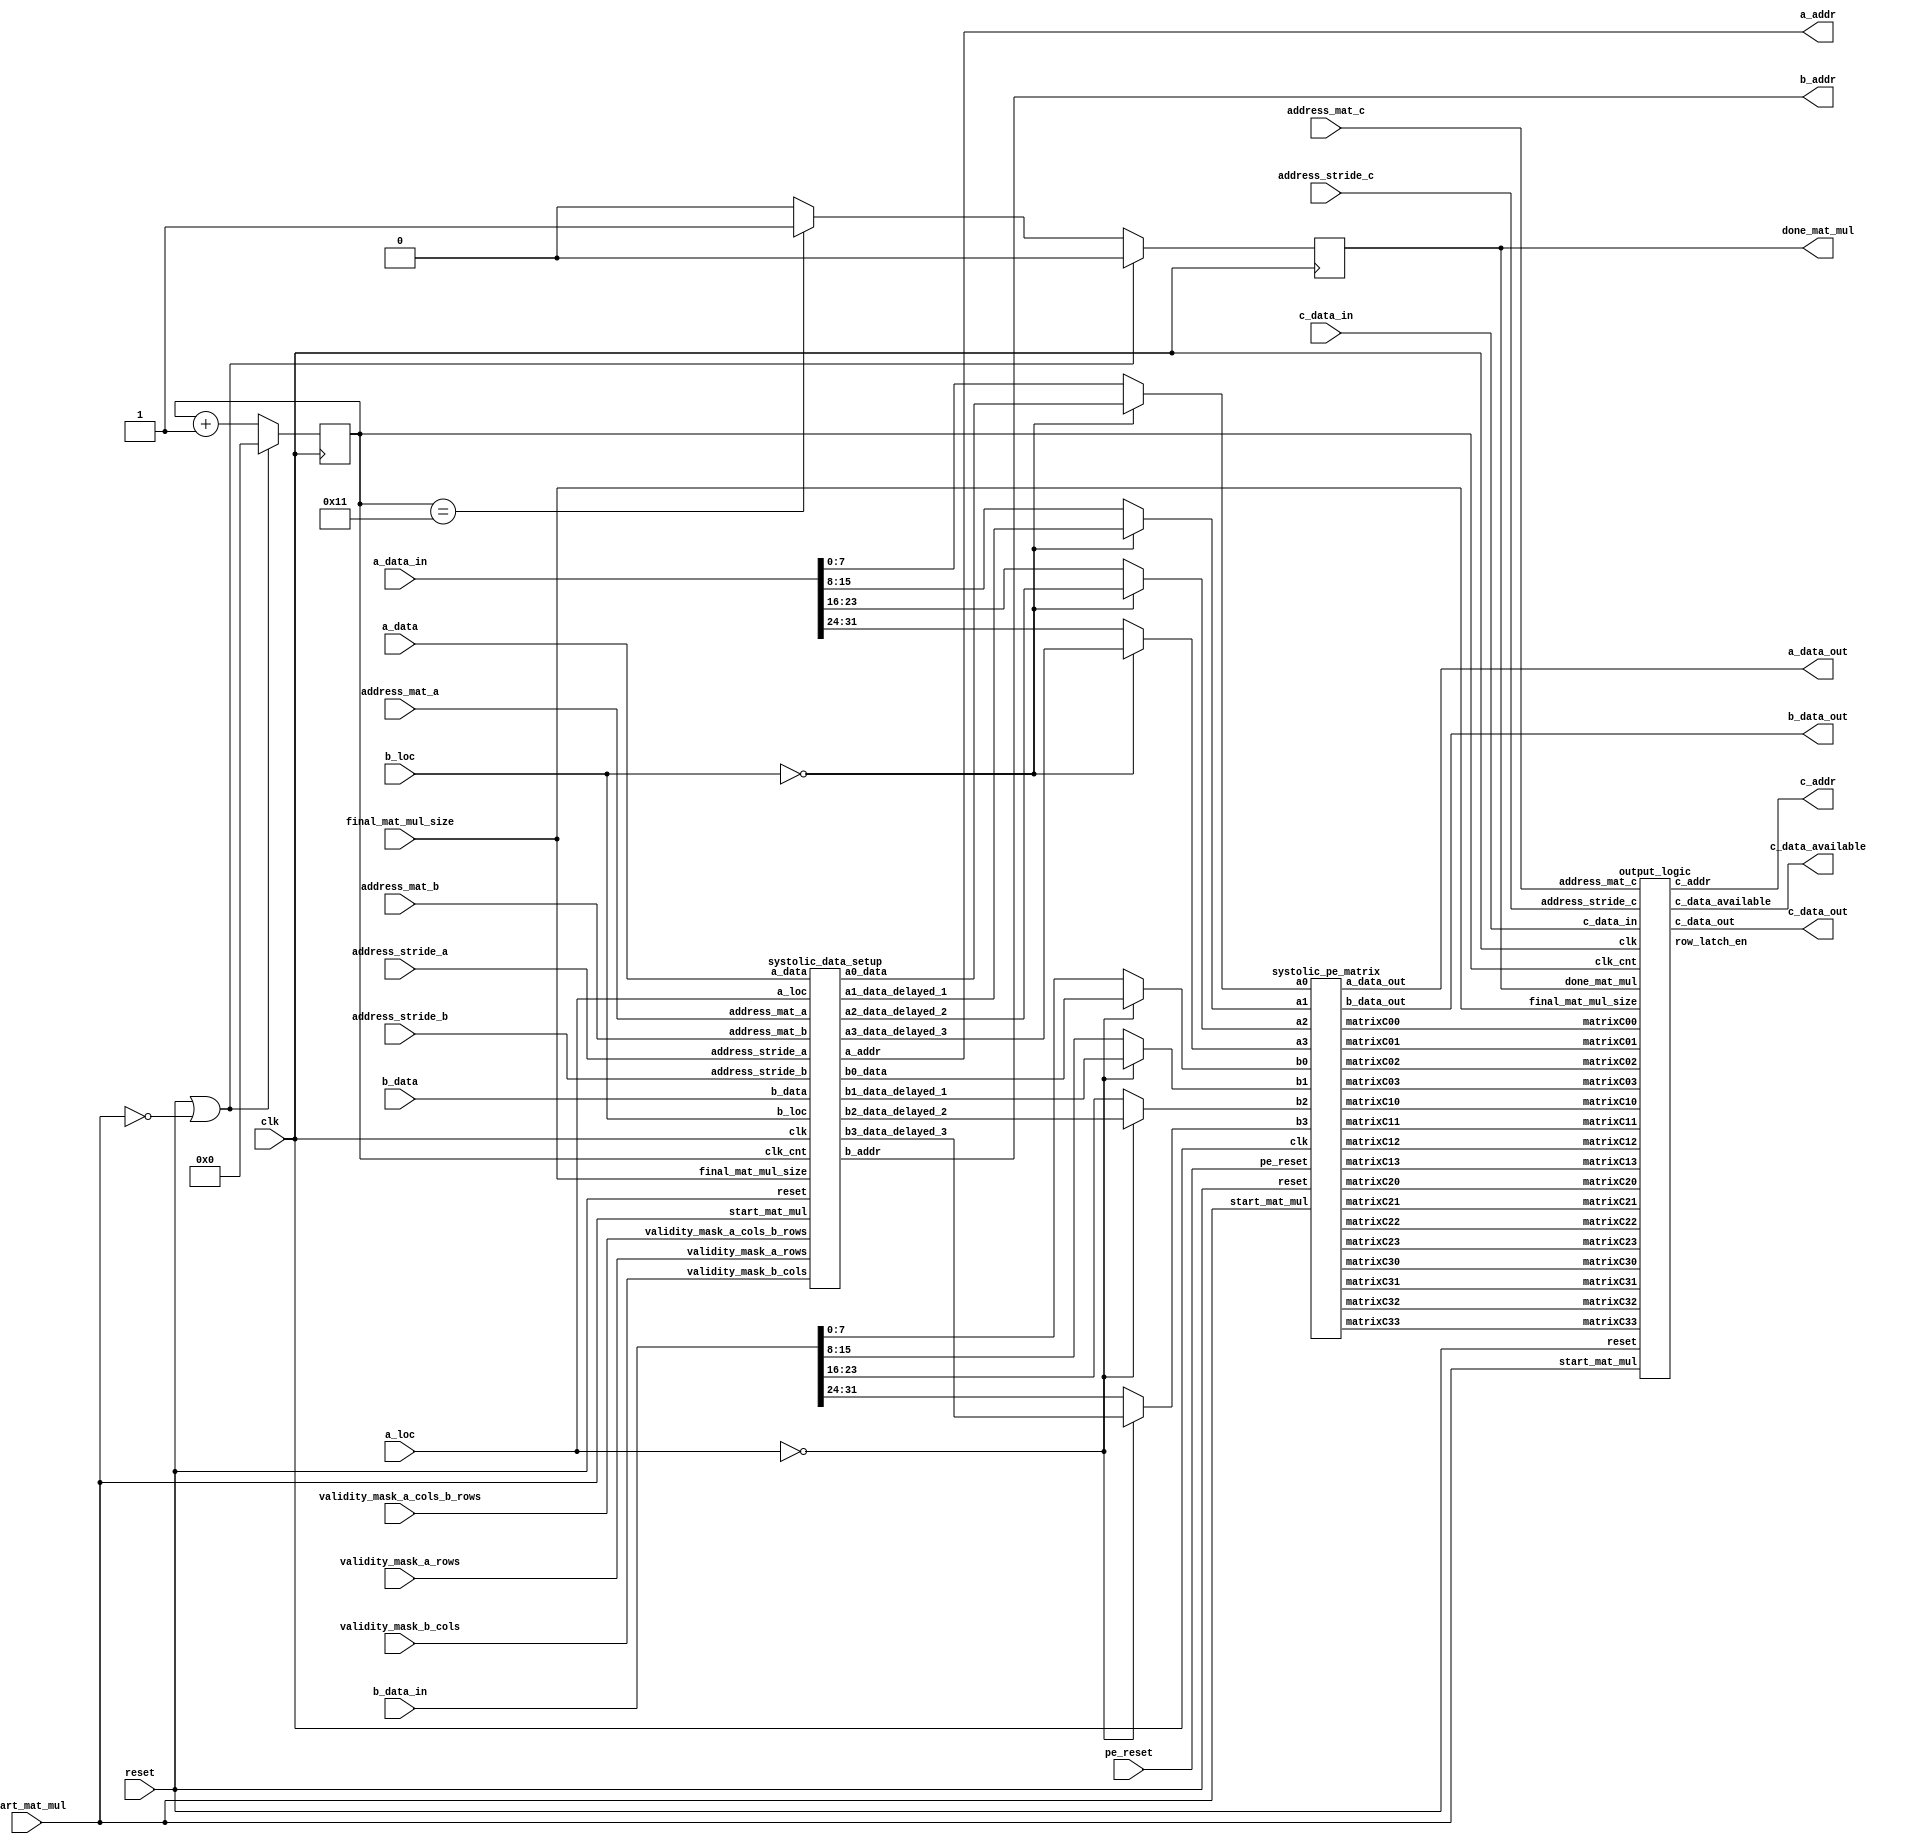
`timescale 1ns / 1ps
//////////////////////////////////////////////////////////////////////////////////
// Company: 
// Engineer: 
// 
// Design Name: 
// Module Name: matmul
// Project Name: 
// Target Devices: 
// Tool Versions: 
// Description: 
// 
// Dependencies: 
// 
// Revision:
// Revision 0.01 - File Created
// Additional Comments:
// 
//////////////////////////////////////////////////////////////////////////////////

//If you have trouble finding where to complete the code
//Do Ctrl+F "FILL IN"
`timescale 1ns / 1ps
`define DWIDTH 8
`define AWIDTH 10
`define MEM_SIZE 1024

`define MAT_MUL_SIZE 4
`define MASK_WIDTH 4
`define LOG2_MAT_MUL_SIZE 2

`define BB_MAT_MUL_SIZE `MAT_MUL_SIZE
`define NUM_CYCLES_IN_MAC 3
`define MEM_ACCESS_LATENCY 1
`define REG_DATAWIDTH 32
`define REG_ADDRWIDTH 8
`define ADDR_STRIDE_WIDTH 8
`define MAX_BITS_POOL 3

module matmul_4x4_systolic(
    clk,
    reset,
    pe_reset,
    start_mat_mul,
    done_mat_mul,
    address_mat_a,
    address_mat_b,
    address_mat_c,
    address_stride_a,
    address_stride_b,
    address_stride_c,
    a_data,
    b_data,
    a_data_in, //Data values coming in from previous matmul - systolic connections
    b_data_in,
    c_data_in, //Data values coming in from previous matmul - systolic shifting
    c_data_out, //Data values going out to next matmul - systolic shifting
    a_data_out,
    b_data_out,
    a_addr,
    b_addr,
    c_addr,
    c_data_available,
    validity_mask_a_rows,
    validity_mask_a_cols_b_rows,
    validity_mask_b_cols,
    final_mat_mul_size,
    a_loc,
    b_loc
    );

    input clk;
    input reset;
    input pe_reset;
    input start_mat_mul;
    output done_mat_mul;
    input [`AWIDTH-1:0] address_mat_a;
    input [`AWIDTH-1:0] address_mat_b;
    input [`AWIDTH-1:0] address_mat_c;
    input [`ADDR_STRIDE_WIDTH-1:0] address_stride_a;
    input [`ADDR_STRIDE_WIDTH-1:0] address_stride_b;
    input [`ADDR_STRIDE_WIDTH-1:0] address_stride_c;
    input [`MAT_MUL_SIZE*`DWIDTH-1:0] a_data;
    input [`MAT_MUL_SIZE*`DWIDTH-1:0] b_data;
    input [`MAT_MUL_SIZE*`DWIDTH-1:0] a_data_in;
    input [`MAT_MUL_SIZE*`DWIDTH-1:0] b_data_in;
    input [`MAT_MUL_SIZE*`DWIDTH-1:0] c_data_in;
    output [`MAT_MUL_SIZE*`DWIDTH-1:0] c_data_out;
    output [`MAT_MUL_SIZE*`DWIDTH-1:0] a_data_out;
    output [`MAT_MUL_SIZE*`DWIDTH-1:0] b_data_out;
    output [`AWIDTH-1:0] a_addr;
    output [`AWIDTH-1:0] b_addr;
    output [`AWIDTH-1:0] c_addr;
    output c_data_available;
    input [`MASK_WIDTH-1:0] validity_mask_a_rows;
    input [`MASK_WIDTH-1:0] validity_mask_a_cols_b_rows;
    input [`MASK_WIDTH-1:0] validity_mask_b_cols;
    //7:0 is okay here. We aren't going to make a matmul larger than 128x128
    //In fact, these will get optimized out by the synthesis tool, because
    //we hardcode them at the instantiation level.
    input [7:0] final_mat_mul_size;
    input [7:0] a_loc;
    input [7:0] b_loc;

//////////////////////////////////////////////////////////////////////////
// Logic for clock counting and when to assert done
//////////////////////////////////////////////////////////////////////////

    reg done_mat_mul;
    //This is 7 bits because the expectation is that clock count will be pretty
    //small. For large matmuls, this will need to increased to have more bits.
    //In general, a systolic multiplier takes f(N)+P cycles, where N is the size 
    //of the matmul and P is the number of pipleine stages in the MAC block.
    //f(N) is a function describing the number of cycles taken to perform matmul
    //with a systolic array strcture.
    reg [7:0] clk_cnt;
    
    //Finding out number of cycles to assert matmul done.
    wire [7:0] clk_cnt_for_done;
    wire [7:0] cycles_for_matmul; 
    
    //FILL IN THE CODE (x)
    assign cycles_for_matmul = 8'd14;
    assign clk_cnt_for_done = (cycles_for_matmul + `NUM_CYCLES_IN_MAC) ;  


    always @(posedge clk) 
    begin
        if (reset || ~start_mat_mul) 
        begin
            clk_cnt <= 0;
            done_mat_mul <= 0;
        end
        else if (clk_cnt == clk_cnt_for_done) 
        begin
            done_mat_mul <= 1;
            clk_cnt <= clk_cnt + 1;
        end
        else if (done_mat_mul == 0) 
            clk_cnt <= clk_cnt + 1;   
        else 
        begin
            done_mat_mul <= 0;
            clk_cnt <= clk_cnt + 1;
        end
    end


    wire [`DWIDTH-1:0] a0_data;
    wire [`DWIDTH-1:0] a1_data;
    wire [`DWIDTH-1:0] a2_data;
    wire [`DWIDTH-1:0] a3_data;
    wire [`DWIDTH-1:0] b0_data;
    wire [`DWIDTH-1:0] b1_data;
    wire [`DWIDTH-1:0] b2_data;
    wire [`DWIDTH-1:0] b3_data;
    wire [`DWIDTH-1:0] a1_data_delayed_1;
    wire [`DWIDTH-1:0] a2_data_delayed_1;
    wire [`DWIDTH-1:0] a2_data_delayed_2;
    wire [`DWIDTH-1:0] a3_data_delayed_1;
    wire [`DWIDTH-1:0] a3_data_delayed_2;
    wire [`DWIDTH-1:0] a3_data_delayed_3;
    wire [`DWIDTH-1:0] b1_data_delayed_1;
    wire [`DWIDTH-1:0] b2_data_delayed_1;
    wire [`DWIDTH-1:0] b2_data_delayed_2;
    wire [`DWIDTH-1:0] b3_data_delayed_1;
    wire [`DWIDTH-1:0] b3_data_delayed_2;
    wire [`DWIDTH-1:0] b3_data_delayed_3;
    
//////////////////////////////////////////////////////////////////////////
// Instantiation of systolic data setup
//////////////////////////////////////////////////////////////////////////
    systolic_data_setup u_systolic_data_setup(
        .clk(clk),
        .reset(reset),
        .start_mat_mul(start_mat_mul),
        .a_addr(a_addr),
        .b_addr(b_addr),
        .address_mat_a(address_mat_a),
        .address_mat_b(address_mat_b),
        .address_stride_a(address_stride_a),
        .address_stride_b(address_stride_b),
        .a_data(a_data),
        .b_data(b_data),
        .clk_cnt(clk_cnt),
        .a0_data(a0_data),
        .a1_data_delayed_1(a1_data_delayed_1),
        .a2_data_delayed_2(a2_data_delayed_2),
        .a3_data_delayed_3(a3_data_delayed_3),
        .b0_data(b0_data),
        .b1_data_delayed_1(b1_data_delayed_1),
        .b2_data_delayed_2(b2_data_delayed_2),
        .b3_data_delayed_3(b3_data_delayed_3),
        .validity_mask_a_rows(validity_mask_a_rows),
        .validity_mask_a_cols_b_rows(validity_mask_a_cols_b_rows),
        .validity_mask_b_cols(validity_mask_b_cols),
        .final_mat_mul_size(final_mat_mul_size),
        .a_loc(a_loc),
        .b_loc(b_loc)
        );


//////////////////////////////////////////////////////////////////////////
// Logic to mux data_in coming from neighboring matmuls
//////////////////////////////////////////////////////////////////////////
    wire [`DWIDTH-1:0] a0;
    wire [`DWIDTH-1:0] a1;
    wire [`DWIDTH-1:0] a2;
    wire [`DWIDTH-1:0] a3;
    wire [`DWIDTH-1:0] b0;
    wire [`DWIDTH-1:0] b1;
    wire [`DWIDTH-1:0] b2;
    wire [`DWIDTH-1:0] b3;
    
    wire [`DWIDTH-1:0] a0_data_in;
    wire [`DWIDTH-1:0] a1_data_in;
    wire [`DWIDTH-1:0] a2_data_in;
    wire [`DWIDTH-1:0] a3_data_in;
    assign a0_data_in = a_data_in[`DWIDTH-1:0];
    assign a1_data_in = a_data_in[2*`DWIDTH-1:`DWIDTH];
    assign a2_data_in = a_data_in[3*`DWIDTH-1:2*`DWIDTH];
    assign a3_data_in = a_data_in[4*`DWIDTH-1:3*`DWIDTH];
    
    wire [`DWIDTH-1:0] b0_data_in;
    wire [`DWIDTH-1:0] b1_data_in;
    wire [`DWIDTH-1:0] b2_data_in;
    wire [`DWIDTH-1:0] b3_data_in;
    assign b0_data_in = b_data_in[`DWIDTH-1:0];
    assign b1_data_in = b_data_in[2*`DWIDTH-1:`DWIDTH];
    assign b2_data_in = b_data_in[3*`DWIDTH-1:2*`DWIDTH];
    assign b3_data_in = b_data_in[4*`DWIDTH-1:3*`DWIDTH];
    
    //If b_loc is 0, that means this matmul block is on the top-row of the
    //final large matmul. In that case, b will take inputs from mem.
    //If b_loc != 0, that means this matmul block is not on the top-row of the
    //final large matmul. In that case, b will take inputs from the matmul on top
    //of this one.
    assign a0 = (b_loc==0) ? a0_data           : a0_data_in;
    assign a1 = (b_loc==0) ? a1_data_delayed_1 : a1_data_in;
    assign a2 = (b_loc==0) ? a2_data_delayed_2 : a2_data_in;
    assign a3 = (b_loc==0) ? a3_data_delayed_3 : a3_data_in;

    //If a_loc is 0, that means this matmul block is on the left-col of the
    //final large matmul. In that case, a will take inputs from mem.
    //If a_loc != 0, that means this matmul block is not on the left-col of the
    //final large matmul. In that case, a will take inputs from the matmul on left
    //of this one.
    assign b0 = (a_loc==0) ? b0_data           : b0_data_in;
    assign b1 = (a_loc==0) ? b1_data_delayed_1 : b1_data_in;
    assign b2 = (a_loc==0) ? b2_data_delayed_2 : b2_data_in;
    assign b3 = (a_loc==0) ? b3_data_delayed_3 : b3_data_in;
    

    wire [`DWIDTH-1:0] matrixC00;
    wire [`DWIDTH-1:0] matrixC01;
    wire [`DWIDTH-1:0] matrixC02;
    wire [`DWIDTH-1:0] matrixC03;
    wire [`DWIDTH-1:0] matrixC10;
    wire [`DWIDTH-1:0] matrixC11;
    wire [`DWIDTH-1:0] matrixC12;
    wire [`DWIDTH-1:0] matrixC13;
    wire [`DWIDTH-1:0] matrixC20;
    wire [`DWIDTH-1:0] matrixC21;
    wire [`DWIDTH-1:0] matrixC22;
    wire [`DWIDTH-1:0] matrixC23;
    wire [`DWIDTH-1:0] matrixC30;
    wire [`DWIDTH-1:0] matrixC31;
    wire [`DWIDTH-1:0] matrixC32;
    wire [`DWIDTH-1:0] matrixC33;
    

//////////////////////////////////////////////////////////////////////////
// Instantiation of the output logic
//////////////////////////////////////////////////////////////////////////
    output_logic u_output_logic(
        .clk(clk),
        .reset(reset),
        .start_mat_mul(start_mat_mul),
        .done_mat_mul(done_mat_mul),
        .address_mat_c(address_mat_c),
        .address_stride_c(address_stride_c),
        .c_data_out(c_data_out),
        .c_data_in(c_data_in),
        .c_addr(c_addr),
        .c_data_available(c_data_available),
        .clk_cnt(clk_cnt),
        .row_latch_en(row_latch_en),
        .final_mat_mul_size(final_mat_mul_size),
        .matrixC00(matrixC00),
        .matrixC01(matrixC01),
        .matrixC02(matrixC02),
        .matrixC03(matrixC03),
        .matrixC10(matrixC10),
        .matrixC11(matrixC11),
        .matrixC12(matrixC12),
        .matrixC13(matrixC13),
        .matrixC20(matrixC20),
        .matrixC21(matrixC21),
        .matrixC22(matrixC22),
        .matrixC23(matrixC23),
        .matrixC30(matrixC30),
        .matrixC31(matrixC31),
        .matrixC32(matrixC32),
        .matrixC33(matrixC33)
        );

//////////////////////////////////////////////////////////////////////////
// Instantiations of the actual PEs
//////////////////////////////////////////////////////////////////////////
    systolic_pe_matrix u_systolic_pe_matrix(
        .reset(reset),
        .clk(clk),
        .pe_reset(pe_reset),
        .start_mat_mul(start_mat_mul),
        .a0(a0), 
        .a1(a1), 
        .a2(a2), 
        .a3(a3),
        .b0(b0), 
        .b1(b1), 
        .b2(b2), 
        .b3(b3),
        .matrixC00(matrixC00),
        .matrixC01(matrixC01),
        .matrixC02(matrixC02),
        .matrixC03(matrixC03),
        .matrixC10(matrixC10),
        .matrixC11(matrixC11),
        .matrixC12(matrixC12),
        .matrixC13(matrixC13),
        .matrixC20(matrixC20),
        .matrixC21(matrixC21),
        .matrixC22(matrixC22),
        .matrixC23(matrixC23),
        .matrixC30(matrixC30),
        .matrixC31(matrixC31),
        .matrixC32(matrixC32),
        .matrixC33(matrixC33),
        .a_data_out(a_data_out),
        .b_data_out(b_data_out)
        );

endmodule

//////////////////////////////////////////////////////////////////////////
// Output logic
//////////////////////////////////////////////////////////////////////////
module output_logic(
    clk,
    reset,
    start_mat_mul,
    done_mat_mul,
    address_mat_c,
    address_stride_c,
    c_data_in,
    c_data_out, //Data values going out to next matmul - systolic shifting
    c_addr,
    c_data_available,
    clk_cnt,
    row_latch_en,
    final_mat_mul_size,
    matrixC00,
    matrixC01,
    matrixC02,
    matrixC03,
    matrixC10,
    matrixC11,
    matrixC12,
    matrixC13,
    matrixC20,
    matrixC21,
    matrixC22,
    matrixC23,
    matrixC30,
    matrixC31,
    matrixC32,
    matrixC33
    );

    input clk;
    input reset;
    input start_mat_mul;
    input done_mat_mul;
    input [`AWIDTH-1:0] address_mat_c;
    input [`ADDR_STRIDE_WIDTH-1:0] address_stride_c;
    input [`MAT_MUL_SIZE*`DWIDTH-1:0] c_data_in;
    output [`MAT_MUL_SIZE*`DWIDTH-1:0] c_data_out;
    output [`AWIDTH-1:0] c_addr;
    output c_data_available;
    input [7:0] clk_cnt;
    output row_latch_en;
    input [7:0] final_mat_mul_size;
    input [`DWIDTH-1:0] matrixC00;
    input [`DWIDTH-1:0] matrixC01;
    input [`DWIDTH-1:0] matrixC02;
    input [`DWIDTH-1:0] matrixC03;
    input [`DWIDTH-1:0] matrixC10;
    input [`DWIDTH-1:0] matrixC11;
    input [`DWIDTH-1:0] matrixC12;
    input [`DWIDTH-1:0] matrixC13;
    input [`DWIDTH-1:0] matrixC20;
    input [`DWIDTH-1:0] matrixC21;
    input [`DWIDTH-1:0] matrixC22;
    input [`DWIDTH-1:0] matrixC23;
    input [`DWIDTH-1:0] matrixC30;
    input [`DWIDTH-1:0] matrixC31;
    input [`DWIDTH-1:0] matrixC32;
    input [`DWIDTH-1:0] matrixC33;
    
    wire row_latch_en;

//////////////////////////////////////////////////////////////////////////
// Logic to capture matrix C data from the PEs and shift it out
//////////////////////////////////////////////////////////////////////////
    assign row_latch_en = ((clk_cnt == ((final_mat_mul_size<<2) - final_mat_mul_size -1 +`NUM_CYCLES_IN_MAC)));
    
    reg c_data_available;
    reg [`AWIDTH-1:0] c_addr;
    reg start_capturing_c_data;
    integer counter;
    reg [`MAT_MUL_SIZE*`DWIDTH-1:0] c_data_out;
    reg [`MAT_MUL_SIZE*`DWIDTH-1:0] c_data_out_1;
    reg [`MAT_MUL_SIZE*`DWIDTH-1:0] c_data_out_2;
    reg [`MAT_MUL_SIZE*`DWIDTH-1:0] c_data_out_3;
    
    wire [`MAT_MUL_SIZE*`DWIDTH-1:0] col0;
    wire [`MAT_MUL_SIZE*`DWIDTH-1:0] col1;
    wire [`MAT_MUL_SIZE*`DWIDTH-1:0] col2;
    wire [`MAT_MUL_SIZE*`DWIDTH-1:0] col3;
    assign col0 = {matrixC30, matrixC20, matrixC10, matrixC00};
    assign col1 = {matrixC31, matrixC21, matrixC11, matrixC01};
    assign col2 = {matrixC32, matrixC22, matrixC12, matrixC02};
    assign col3 = {matrixC33, matrixC23, matrixC13, matrixC03};

//If save_output_to_accum is asserted, that means we are not intending to shift
//out the outputs, because the outputs are still partial sums. 
    wire condition_to_start_shifting_output;
    assign condition_to_start_shifting_output = row_latch_en ;  

//For larger matmuls, this logic will have more entries in the case statement
    always @(posedge clk) 
    begin
        if (reset | ~start_mat_mul) 
        begin
            start_capturing_c_data <= 1'b0;
            c_data_available <= 1'b0;
            c_addr <= address_mat_c - address_stride_c;
            c_data_out <= 0;
            counter <= 0;
            c_data_out_1 <= 0; 
            c_data_out_2 <= 0; 
            c_data_out_3 <= 0; 
        end
        else if (condition_to_start_shifting_output) 
        begin
            start_capturing_c_data <= 1'b1;
            c_data_available <= 1'b1;
            c_addr <= c_addr + address_stride_c;
            c_data_out <= col0; 
            c_data_out_1 <= col1; 
            c_data_out_2 <= col2; 
            c_data_out_3 <= col3; 
            counter <= counter + 1;
        end 
        else if (done_mat_mul) 
        begin
            start_capturing_c_data <= 1'b0;
            c_data_available <= 1'b0;
            c_addr <= address_mat_c+address_stride_c;
            c_data_out <= 0;
            c_data_out_1 <= 0;
            c_data_out_2 <= 0;
            c_data_out_3 <= 0;
        end 
        else if (counter >= `MAT_MUL_SIZE) 
        begin
            c_addr <= c_addr + address_stride_c;
            c_data_out <= c_data_out_1;
            c_data_out_1 <= c_data_out_2;
            c_data_out_2 <= c_data_out_3;
            c_data_out_3 <= c_data_in;
        end
        else if (start_capturing_c_data) 
        begin
            c_data_available <= 1'b1;
            c_addr <= c_addr + address_stride_c;
            counter <= counter + 1;
            c_data_out <= c_data_out_1;
            c_data_out_1 <= c_data_out_2;
            c_data_out_2 <= c_data_out_3;
            c_data_out_3 <= c_data_in;
        end
    end

endmodule

//////////////////////////////////////////////////////////////////////////
// Systolic data setup
//////////////////////////////////////////////////////////////////////////
module systolic_data_setup(
    clk,
    reset,
    start_mat_mul,
    a_addr,
    b_addr,
    address_mat_a,
    address_mat_b,
    address_stride_a,
    address_stride_b,
    a_data,
    b_data,
    clk_cnt,
    a0_data,
    a1_data_delayed_1,
    a2_data_delayed_2,
    a3_data_delayed_3,
    b0_data,
    b1_data_delayed_1,
    b2_data_delayed_2,
    b3_data_delayed_3,
    validity_mask_a_rows,
    validity_mask_a_cols_b_rows,
    validity_mask_b_cols,
    final_mat_mul_size,
    a_loc,
    b_loc
    );

    input clk;
    input reset;
    input start_mat_mul;
    output [`AWIDTH-1:0] a_addr;
    output [`AWIDTH-1:0] b_addr;
    input [`AWIDTH-1:0] address_mat_a;
    input [`AWIDTH-1:0] address_mat_b;
    input [`ADDR_STRIDE_WIDTH-1:0] address_stride_a;
    input [`ADDR_STRIDE_WIDTH-1:0] address_stride_b;
    input [`MAT_MUL_SIZE*`DWIDTH-1:0] a_data;
    input [`MAT_MUL_SIZE*`DWIDTH-1:0] b_data;
    input [7:0] clk_cnt;
    output [`DWIDTH-1:0] a0_data;
    output [`DWIDTH-1:0] a1_data_delayed_1;
    output [`DWIDTH-1:0] a2_data_delayed_2;
    output [`DWIDTH-1:0] a3_data_delayed_3;
    output [`DWIDTH-1:0] b0_data;
    output [`DWIDTH-1:0] b1_data_delayed_1;
    output [`DWIDTH-1:0] b2_data_delayed_2;
    output [`DWIDTH-1:0] b3_data_delayed_3;
    input [`MASK_WIDTH-1:0] validity_mask_a_rows;
    input [`MASK_WIDTH-1:0] validity_mask_a_cols_b_rows;
    input [`MASK_WIDTH-1:0] validity_mask_b_cols;
    input [7:0] final_mat_mul_size;
    input [7:0] a_loc;
    input [7:0] b_loc;
    
    wire [`DWIDTH-1:0] a0_data;
    wire [`DWIDTH-1:0] a1_data;
    wire [`DWIDTH-1:0] a2_data;
    wire [`DWIDTH-1:0] a3_data;
    wire [`DWIDTH-1:0] b0_data;
    wire [`DWIDTH-1:0] b1_data;
    wire [`DWIDTH-1:0] b2_data;
    wire [`DWIDTH-1:0] b3_data;

//////////////////////////////////////////////////////////////////////////
// Logic to generate addresses to BRAM A
//////////////////////////////////////////////////////////////////////////
    reg [`AWIDTH-1:0] a_addr;
    reg a_mem_access; //flag that tells whether the matmul is trying to access memory or not
    
    always @(posedge clk) 
    begin
        if ((reset || ~start_mat_mul) || (clk_cnt >= (a_loc<<`LOG2_MAT_MUL_SIZE)+final_mat_mul_size)) begin
            a_addr <= address_mat_a-address_stride_a;
            a_mem_access <= 0;
        end
        else if ((clk_cnt >= (a_loc<<`LOG2_MAT_MUL_SIZE)) && (clk_cnt < (a_loc<<`LOG2_MAT_MUL_SIZE)+final_mat_mul_size)) 
        begin
            a_addr <= a_addr + address_stride_a;
            a_mem_access <= 1;
        end
    end  

//////////////////////////////////////////////////////////////////////////
// Logic to generate valid signals for data coming from BRAM A
//////////////////////////////////////////////////////////////////////////
    reg [7:0] a_mem_access_counter;
    always @(posedge clk) 
    begin
        if (reset || ~start_mat_mul) 
            a_mem_access_counter <= 0;
        else if (a_mem_access == 1) 
            a_mem_access_counter <= a_mem_access_counter + 1;  
        else 
            a_mem_access_counter <= 0;
    end

    wire a_data_valid; //flag that tells whether the data from memory is valid
    assign a_data_valid = 
        ((validity_mask_a_cols_b_rows[0]==1'b0 && a_mem_access_counter==1) ||
        (validity_mask_a_cols_b_rows[1]==1'b0 && a_mem_access_counter==2) ||
        (validity_mask_a_cols_b_rows[2]==1'b0 && a_mem_access_counter==3) ||
        (validity_mask_a_cols_b_rows[3]==1'b0 && a_mem_access_counter==4)) ?
        1'b0 : (a_mem_access_counter >= `MEM_ACCESS_LATENCY);
    
//////////////////////////////////////////////////////////////////////////
// Logic to delay certain parts of the data received from BRAM A (systolic data setup)
//////////////////////////////////////////////////////////////////////////
//Slice data into chunks and qualify it with whether it is valid or not
    assign a0_data = a_data[`DWIDTH-1:0] & {`DWIDTH{a_data_valid}} & {`DWIDTH{validity_mask_a_rows[0]}};
    assign a1_data = a_data[2*`DWIDTH-1:`DWIDTH] & {`DWIDTH{a_data_valid}} & {`DWIDTH{validity_mask_a_rows[1]}};
    assign a2_data = a_data[3*`DWIDTH-1:2*`DWIDTH] & {`DWIDTH{a_data_valid}} & {`DWIDTH{validity_mask_a_rows[2]}};
    assign a3_data = a_data[4*`DWIDTH-1:3*`DWIDTH] & {`DWIDTH{a_data_valid}} & {`DWIDTH{validity_mask_a_rows[3]}};

//For larger matmuls, more such delaying flops will be needed
    reg [`DWIDTH-1:0] a1_data_delayed_1;
    reg [`DWIDTH-1:0] a2_data_delayed_1;
    reg [`DWIDTH-1:0] a2_data_delayed_2;
    reg [`DWIDTH-1:0] a3_data_delayed_1;
    reg [`DWIDTH-1:0] a3_data_delayed_2;
    reg [`DWIDTH-1:0] a3_data_delayed_3;
    
    always @(posedge clk) 
    begin
        if (reset || ~start_mat_mul || clk_cnt==0) 
        begin
            a1_data_delayed_1 <= 0;
            a2_data_delayed_1 <= 0;
            a2_data_delayed_2 <= 0;
            a3_data_delayed_1 <= 0;
            a3_data_delayed_2 <= 0;
            a3_data_delayed_3 <= 0;
        end
        else 
        begin
            a1_data_delayed_1 <= a1_data;
            a2_data_delayed_1 <= a2_data;
            a2_data_delayed_2 <= a2_data_delayed_1;
            a3_data_delayed_1 <= a3_data;
            a3_data_delayed_2 <= a3_data_delayed_1;
            a3_data_delayed_3 <= a3_data_delayed_2;
        end
    end

//////////////////////////////////////////////////////////////////////////
// Logic to generate addresses to BRAM B
//////////////////////////////////////////////////////////////////////////
    reg [`AWIDTH-1:0] b_addr;
    reg b_mem_access; //flag that tells whether the matmul is trying to access memory or not

    always @(posedge clk) 
    begin
        if ((reset || ~start_mat_mul) || (clk_cnt >= (b_loc<<`LOG2_MAT_MUL_SIZE)+final_mat_mul_size)) 
        begin
            b_addr <= address_mat_b - address_stride_b;
            b_mem_access <= 0;
        end
        else if ((clk_cnt >= (b_loc<<`LOG2_MAT_MUL_SIZE)) && (clk_cnt < (b_loc<<`LOG2_MAT_MUL_SIZE)+final_mat_mul_size)) 
        begin
            b_addr <= b_addr + address_stride_b;
            b_mem_access <= 1;
        end
    end  

//////////////////////////////////////////////////////////////////////////
// Logic to generate valid signals for data coming from BRAM B
//////////////////////////////////////////////////////////////////////////
    reg [7:0] b_mem_access_counter;
    always @(posedge clk) 
    begin
        if (reset || ~start_mat_mul) 
            b_mem_access_counter <= 0;
        else if (b_mem_access == 1)
            b_mem_access_counter <= b_mem_access_counter + 1;  
        else
            b_mem_access_counter <= 0;
    end

    wire b_data_valid; //flag that tells whether the data from memory is valid
    assign b_data_valid = 
        ((validity_mask_a_cols_b_rows[0]==1'b0 && b_mem_access_counter==1) ||
        (validity_mask_a_cols_b_rows[1]==1'b0 && b_mem_access_counter==2) ||
        (validity_mask_a_cols_b_rows[2]==1'b0 && b_mem_access_counter==3) ||
        (validity_mask_a_cols_b_rows[3]==1'b0 && b_mem_access_counter==4)) ?
        1'b0 : (b_mem_access_counter >= `MEM_ACCESS_LATENCY);


//////////////////////////////////////////////////////////////////////////
// Logic to delay certain parts of the data received from BRAM B (systolic data setup)
//////////////////////////////////////////////////////////////////////////
//Slice data into chunks and qualify it with whether it is valid or not
    assign b0_data = b_data[`DWIDTH-1:0] & {`DWIDTH{b_data_valid}} & {`DWIDTH{validity_mask_b_cols[0]}};
    assign b1_data = b_data[2*`DWIDTH-1:`DWIDTH] & {`DWIDTH{b_data_valid}} & {`DWIDTH{validity_mask_b_cols[1]}};
    assign b2_data = b_data[3*`DWIDTH-1:2*`DWIDTH] & {`DWIDTH{b_data_valid}} & {`DWIDTH{validity_mask_b_cols[2]}};
    assign b3_data = b_data[4*`DWIDTH-1:3*`DWIDTH] & {`DWIDTH{b_data_valid}} & {`DWIDTH{validity_mask_b_cols[3]}};

//For larger matmuls, more such delaying flops will be needed
    reg [`DWIDTH-1:0] b1_data_delayed_1;
    reg [`DWIDTH-1:0] b2_data_delayed_1;
    reg [`DWIDTH-1:0] b2_data_delayed_2;
    reg [`DWIDTH-1:0] b3_data_delayed_1;
    reg [`DWIDTH-1:0] b3_data_delayed_2;
    reg [`DWIDTH-1:0] b3_data_delayed_3;
    
    always @(posedge clk) 
    begin
        if (reset || ~start_mat_mul || clk_cnt==0) 
        begin
            b1_data_delayed_1 <= 0;
            b2_data_delayed_1 <= 0;
            b2_data_delayed_2 <= 0;
            b3_data_delayed_1 <= 0;
            b3_data_delayed_2 <= 0;
            b3_data_delayed_3 <= 0;
        end
        else 
        begin
            b1_data_delayed_1 <= b1_data;
            b2_data_delayed_1 <= b2_data;
            b2_data_delayed_2 <= b2_data_delayed_1;
            b3_data_delayed_1 <= b3_data;
            b3_data_delayed_2 <= b3_data_delayed_1;
            b3_data_delayed_3 <= b3_data_delayed_2;
        end
    end

endmodule



//////////////////////////////////////////////////////////////////////////
// Systolically connected PEs
//////////////////////////////////////////////////////////////////////////
module systolic_pe_matrix(
    reset,
    clk,
    pe_reset,
    start_mat_mul,
    a0, a1, a2, a3,
    b0, b1, b2, b3,
    matrixC00,
    matrixC01,
    matrixC02,
    matrixC03,
    matrixC10,
    matrixC11,
    matrixC12,
    matrixC13,
    matrixC20,
    matrixC21,
    matrixC22,
    matrixC23,
    matrixC30,
    matrixC31,
    matrixC32,
    matrixC33,
    a_data_out,
    b_data_out
    );

    input clk;
    input reset;
    input pe_reset;
    input start_mat_mul;
    input [`DWIDTH-1:0] a0;
    input [`DWIDTH-1:0] a1;
    input [`DWIDTH-1:0] a2;
    input [`DWIDTH-1:0] a3;
    input [`DWIDTH-1:0] b0;
    input [`DWIDTH-1:0] b1;
    input [`DWIDTH-1:0] b2;
    input [`DWIDTH-1:0] b3;
    output [`DWIDTH-1:0] matrixC00;
    output [`DWIDTH-1:0] matrixC01;
    output [`DWIDTH-1:0] matrixC02;
    output [`DWIDTH-1:0] matrixC03;
    output [`DWIDTH-1:0] matrixC10;
    output [`DWIDTH-1:0] matrixC11;
    output [`DWIDTH-1:0] matrixC12;
    output [`DWIDTH-1:0] matrixC13;
    output [`DWIDTH-1:0] matrixC20;
    output [`DWIDTH-1:0] matrixC21;
    output [`DWIDTH-1:0] matrixC22;
    output [`DWIDTH-1:0] matrixC23;
    output [`DWIDTH-1:0] matrixC30;
    output [`DWIDTH-1:0] matrixC31;
    output [`DWIDTH-1:0] matrixC32;
    output [`DWIDTH-1:0] matrixC33;
    output [`MAT_MUL_SIZE*`DWIDTH-1:0] a_data_out;
    output [`MAT_MUL_SIZE*`DWIDTH-1:0] b_data_out;

    wire [`DWIDTH-1:0] a00to01, a01to02, a02to03, a03to04;
    wire [`DWIDTH-1:0] a10to11, a11to12, a12to13, a13to14;
    wire [`DWIDTH-1:0] a20to21, a21to22, a22to23, a23to24;
    wire [`DWIDTH-1:0] a30to31, a31to32, a32to33, a33to34;
    
    wire [`DWIDTH-1:0] b00to10, b10to20, b20to30, b30to40; 
    wire [`DWIDTH-1:0] b01to11, b11to21, b21to31, b31to41;
    wire [`DWIDTH-1:0] b02to12, b12to22, b22to32, b32to42;
    wire [`DWIDTH-1:0] b03to13, b13to23, b23to33, b33to43;
    
    wire effective_rst;
    assign effective_rst = reset | pe_reset;
    
    //FILL IN REST OF THE CODE (x)
    //There are a total of 16 PEs arranged in a mesh structure like in the lecture slides. 	
	//Each PE has a number. PE00 is the top-left PE. PE01 is the second PE on the first row. 
	//PE10 is the first PE on the second row. PE33 is the bottom right PE.	
    //Signals a0, a1, a2, a3 are coming from matrix A. They need to be be connected to the first column of PEs.
	//b0, b1, b2, b3 signals are coming from matrix B. They need to be connected to the first row of the PEs.
	//Signals axytozw go from PExy to PEzw horizontally.
	//Signals bxytozw go from PExy to PEzw vertically.
	//Signals matrixCxx are the output results from each PE.
	//Reset and clock signals of all PEs are the same.
	//Three of them are connected below. Connect the others properly.
    processing_element pe00(.reset(effective_rst), .clk(clk),  .in_a(a0),      	.in_b(b0),  	.out_a(a00to01), .out_b(b00to10), .out_c(matrixC00));
    processing_element pe10(.reset(effective_rst), .clk(clk),  .in_a(a00to01),      .in_b(b1),     .out_a(a10to11), .out_b(b10to20), .out_c(matrixC10));
    processing_element pe20(.reset(effective_rst), .clk(clk),  .in_a(a10to11),      .in_b(b2),     .out_a(a20to21), .out_b(b20to30), .out_c(matrixC20));
    processing_element pe30(.reset(effective_rst), .clk(clk),  .in_a(a20to21),      .in_b(b3),     .out_a(a30to31), .out_b(b30to40), .out_c(matrixC30));
    
    processing_element pe01(.reset(effective_rst), .clk(clk),  .in_a(a1),         .in_b(b00to10),  .out_a(a01to02), .out_b(b01to11), .out_c(matrixC01));
    processing_element pe11(.reset(effective_rst), .clk(clk),  .in_a(a01to02),      .in_b(b10to20),    .out_a(a11to12), .out_b(b11to21), .out_c(matrixC11));
    processing_element pe21(.reset(effective_rst), .clk(clk),  .in_a(a11to12),      .in_b(b20to30), .out_a(a21to22), .out_b(b21to31), .out_c(matrixC21));
    processing_element pe31(.reset(effective_rst), .clk(clk),  .in_a(a21to22),       .in_b(b30to40), .out_a(a31to32), .out_b(b31to41), .out_c(matrixC31));
    
    processing_element pe02(.reset(effective_rst), .clk(clk),  .in_a(a2),         .in_b(b01to11),  .out_a(a02to03), .out_b(b02to12), .out_c(matrixC02));
    processing_element pe12(.reset(effective_rst), .clk(clk),  .in_a(a02to03),      .in_b(b11to21), .out_a(a12to13), .out_b(b12to22), .out_c(matrixC12));
    processing_element pe22(.reset(effective_rst), .clk(clk),  .in_a(a12to13),      .in_b(b21to31), .out_a(a22to23), .out_b(b22to32), .out_c(matrixC22));
    processing_element pe32(.reset(effective_rst), .clk(clk),  .in_a(a22to23),      .in_b(b31to41), .out_a(a32to33), .out_b(b32to42), .out_c(matrixC32));
    
    processing_element pe03(.reset(effective_rst), .clk(clk),  .in_a(a3),         .in_b(b02to12),  .out_a(a03to04), .out_b(b03to13), .out_c(matrixC03));
    processing_element pe13(.reset(effective_rst), .clk(clk),  .in_a(a03to04),      .in_b(b12to22),  .out_a(a13to14), .out_b(b13to23), .out_c(matrixC13));
    processing_element pe23(.reset(effective_rst), .clk(clk),  .in_a(a13to14),      .in_b(b22to32),  .out_a(a23to24), .out_b(b23to33), .out_c(matrixC23));
    processing_element pe33(.reset(effective_rst), .clk(clk),  .in_a(a23to24),       .in_b(b32to42), .out_a(a33to34), .out_b(b33to43), .out_c(matrixC33));
    assign a_data_out = {a33to34,a23to24,a13to14,a03to04};
    assign b_data_out = {b33to43,b32to42,b31to41,b30to40};

endmodule


//////////////////////////////////////////////////////////////////////////
// Processing element (PE)
//////////////////////////////////////////////////////////////////////////
module processing_element(
    reset, 
    clk, 
    in_a,
    in_b, 
    out_a, 
    out_b, 
    out_c
    );

    input reset;
    input clk;
    input  [`DWIDTH-1:0] in_a;
    input  [`DWIDTH-1:0] in_b;
    output [`DWIDTH-1:0] out_a;
    output [`DWIDTH-1:0] out_b;
    output [`DWIDTH-1:0] out_c;  //reduced precision

    reg [`DWIDTH-1:0] out_a;
    reg [`DWIDTH-1:0] out_b;
    wire [`DWIDTH-1:0] out_c;
    wire [`DWIDTH-1:0] out_mac;

    assign out_c = out_mac;
    
    seq_mac u_mac(.a(in_a), .b(in_b), .out(out_mac), .reset(reset), .clk(clk));

    always @(posedge clk)
    begin
        if(reset) 
        begin
            out_a<=0;
            out_b<=0;
        end
        else 
        begin  
            out_a<=in_a;
            out_b<=in_b;
        end
    end
 
endmodule

//////////////////////////////////////////////////////////////////////////
// Multiply-and-accumulate (MAC) block
//////////////////////////////////////////////////////////////////////////
//The following line forces the synthesis tool to use a DSP for this MAC operation
(* use_dsp="yes" *)
module seq_mac(a, b, out, reset, clk);
    input [`DWIDTH-1:0] a;
    input [`DWIDTH-1:0] b;
    input reset;
    input clk;
    output [`DWIDTH-1:0] out;

    reg [`DWIDTH-1:0] out;
    reg [`DWIDTH-1:0] a_flop, b_flop, mult;

    always @(posedge clk)
    begin
        if(reset)
        begin
            out <= 0;
            a_flop <= 0;
            b_flop <= 0;
            mult <= 0;
        end
        else
        begin
            a_flop <= a;
            b_flop <= b;
            mult <= a_flop * b_flop;
            out <= mult + out;
        end
            
    end

endmodule